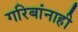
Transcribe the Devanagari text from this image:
गरिबांनाही